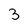
Character: 3